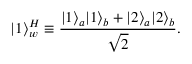
| 1 \rangle _ { w } ^ { H } \equiv { \frac { | 1 \rangle _ { a } | 1 \rangle _ { b } + | 2 \rangle _ { a } | 2 \rangle _ { b } } { \sqrt { 2 } } } .